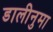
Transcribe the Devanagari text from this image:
डालीनुमा